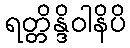
ရတ္တိန္ဒိဝါနိပိ